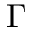
\Gamma